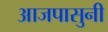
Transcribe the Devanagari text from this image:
आजपासुनी